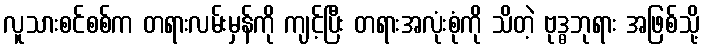
လူသားစင်စစ်က တရားလမ်းမှန်ကို ကျင့်ပြီး တရားအလုံးစုံကို သိတဲ့ ဗုဒ္ဓဘုရား အဖြစ်သို့